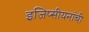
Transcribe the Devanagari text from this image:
इजिप्सीयनांची